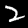
Label: 2